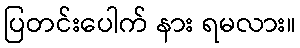
ပြတင်းပေါက် နား ရမလား။